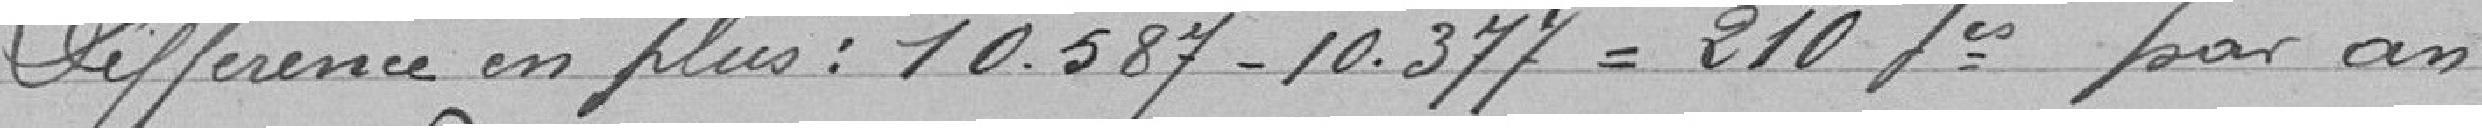
Différence en plus : 10,587-10,377 = 210 francs par an